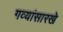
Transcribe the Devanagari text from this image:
गव्यांसारखे